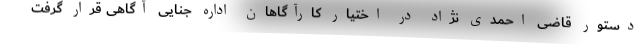
دستور قاضی احمدی نژاد در اختیار کارآگاهان اداره جنایی آگاهی قرار گرفت